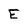
Character: E